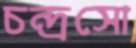
চন্দ্রসো